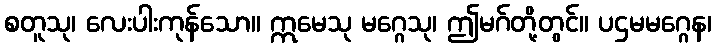
စတူသု၊ လေးပါးကုန်သော။ ဣမေသု မဂ္ဂေသု၊ ဤမဂ်တို့တွင်။ ပဌမမဂ္ဂေန၊